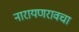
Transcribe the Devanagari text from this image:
नारायणरावचा